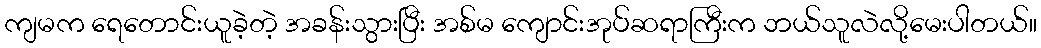
ကျမက ရေတောင်းယူခဲ့တဲ့ အခန်းသွားပြီး အစ်မ ကျောင်းအုပ်ဆရာကြီးက ဘယ်သူလဲလို့မေးပါတယ်။